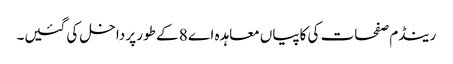
رینڈم صفحات کی کاپیاں معاہدہ اے 8 کے طور پر داخل کی گئیں۔